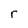
Character: r